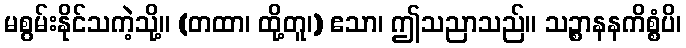
မစွမ်းနိုင်သကဲ့သို့။ (တထာ၊ ထို့တူ၊) ဧသာ၊ ဤသညာသည်။ သဉ္စာနနကိစ္စံပိ၊